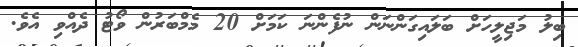
ބިލު މަޖިލީހަށް ބަލައިގަންނަން ނުފެންނަ ކަމަށް 20 މެމްބަރުން ވޯޓު ދެއްވި އެވެ.